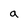
Character: a